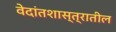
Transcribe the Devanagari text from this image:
वेदांतशास्त्रातील